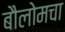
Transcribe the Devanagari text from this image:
बौलोमचा